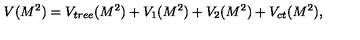
V ( M ^ { 2 } ) = V _ { t r e e } ( M ^ { 2 } ) + V _ { 1 } ( M ^ { 2 } ) + V _ { 2 } ( M ^ { 2 } ) + V _ { c t } ( M ^ { 2 } ) ,